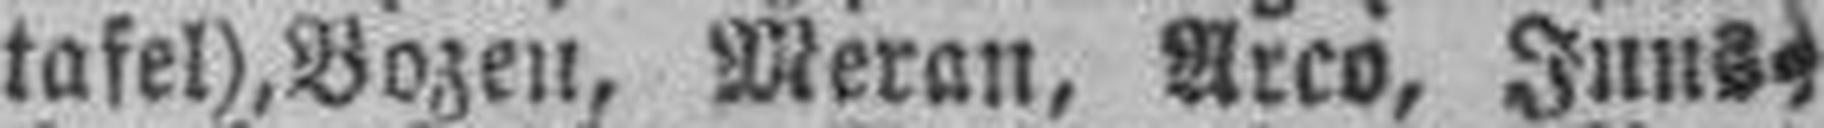
tafel), Bozen, Meran, Arco, Inns¬